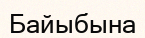
Байыбына